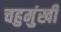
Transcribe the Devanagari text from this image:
चहुमुंखी